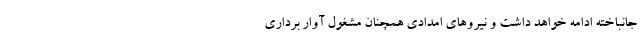
جانباخته ادامه خواهد داشت و نیروهای امدادی همچنان مشغول آوار برداری